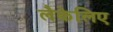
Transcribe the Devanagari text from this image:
लैकेलिए